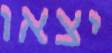
יצאו